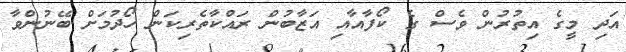
އަދި މީގެ އިތުރުން ވެސް ގެ ކޯފާއާއި އަޒާބުން ރައްކާތެރިކަން ހޯދުމަށް ބޭނުންވާ